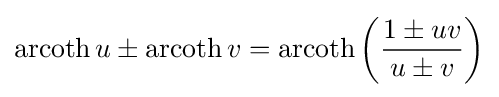
\operatorname {arcoth} u\pm \operatorname {arcoth} v=\operatorname {arcoth} \left({\frac {1\pm uv}{u\pm v}}\right)